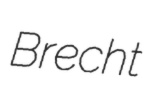
Brecht